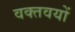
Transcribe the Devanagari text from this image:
वक्तवयों